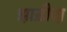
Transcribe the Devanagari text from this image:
झाड़ौदा